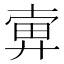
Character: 𢍚